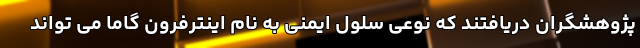
پژوهشگران دریافتند که نوعی سلول ایمنی به نام اینترفرون گاما می تواند